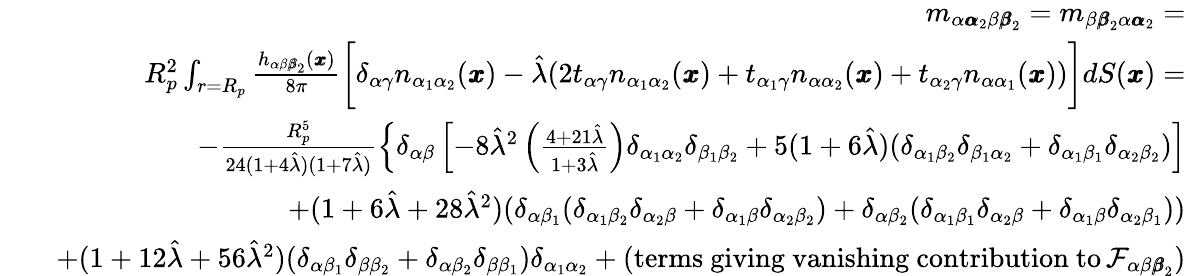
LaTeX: \begin{array}{rlr}&{}&{m_{\alpha{\pmb\alpha}_{2}\beta{\pmb\beta}_{2}}=m_{\beta{\pmb\beta}_{2}\alpha{\pmb\alpha}_{2}}=}\\ &{}&{R_{p}^{2}\int_{r=R_{p}}\frac{h_{\alpha\beta{\pmb\beta}_{2}}({\pmb x})}{8\pi}\bigg[\delta_{\alpha\gamma}n_{\alpha_{1}\alpha_{2}}({\pmb x})-\hat{\lambda}(2t_{\alpha\gamma}n_{\alpha_{1}\alpha_{2}}(\pmb x)+t_{\alpha_{1}\gamma}n_{\alpha\alpha_{2}}(\pmb x)+t_{\alpha_{2}\gamma}n_{\alpha\alpha_{1}}(\pmb x))\bigg]dS({\pmb x})=}\\ &{}&{-\frac{R_{p}^{5}}{24(1+4\hat{\lambda})(1+7\hat{\lambda})}\left\{ \delta_{\alpha\beta}\left[-8\hat{\lambda}^{2}\left(\frac{4+21\hat{\lambda}}{1+3\hat{\lambda}}\right)\delta_{\alpha_{1}\alpha_{2}}\delta_{\beta_{1}\beta_{2}}+5(1+6\hat{\lambda})(\delta_{\alpha_{1}\beta_{2}}\delta_{\beta_{1}\alpha_{2}}+\delta_{\alpha_{1}\beta_{1}}\delta_{\alpha_{2}\beta_{2}})\right]\right.}\\ &{}&{+(1+6\hat{\lambda}+28\hat{\lambda}^{2})(\delta_{\alpha\beta_{1}}(\delta_{\alpha_{1}\beta_{2}}\delta_{\alpha_{2}\beta}+\delta_{\alpha_{1}\beta}\delta_{\alpha_{2}\beta_{2}})+\delta_{\alpha\beta_{2}}(\delta_{\alpha_{1}\beta_{1}}\delta_{\alpha_{2}\beta}+\delta_{\alpha_{1}\beta}\delta_{\alpha_{2}\beta_{1}}))}\\ &{}&{+(1+12\hat{\lambda}+56\hat{\lambda}^{2})(\delta_{\alpha\beta_{1}}\delta_{\beta\beta_{2}}+\delta_{\alpha\beta_{2}}\delta_{\beta\beta_{1}})\delta_{\alpha_{1}\alpha_{2}}+(\mathrm{terms~giving~vanishing~contribution~to}\, \mathcal{F}_{\alpha\beta{\pmb\beta}_{2}})}\end{array}